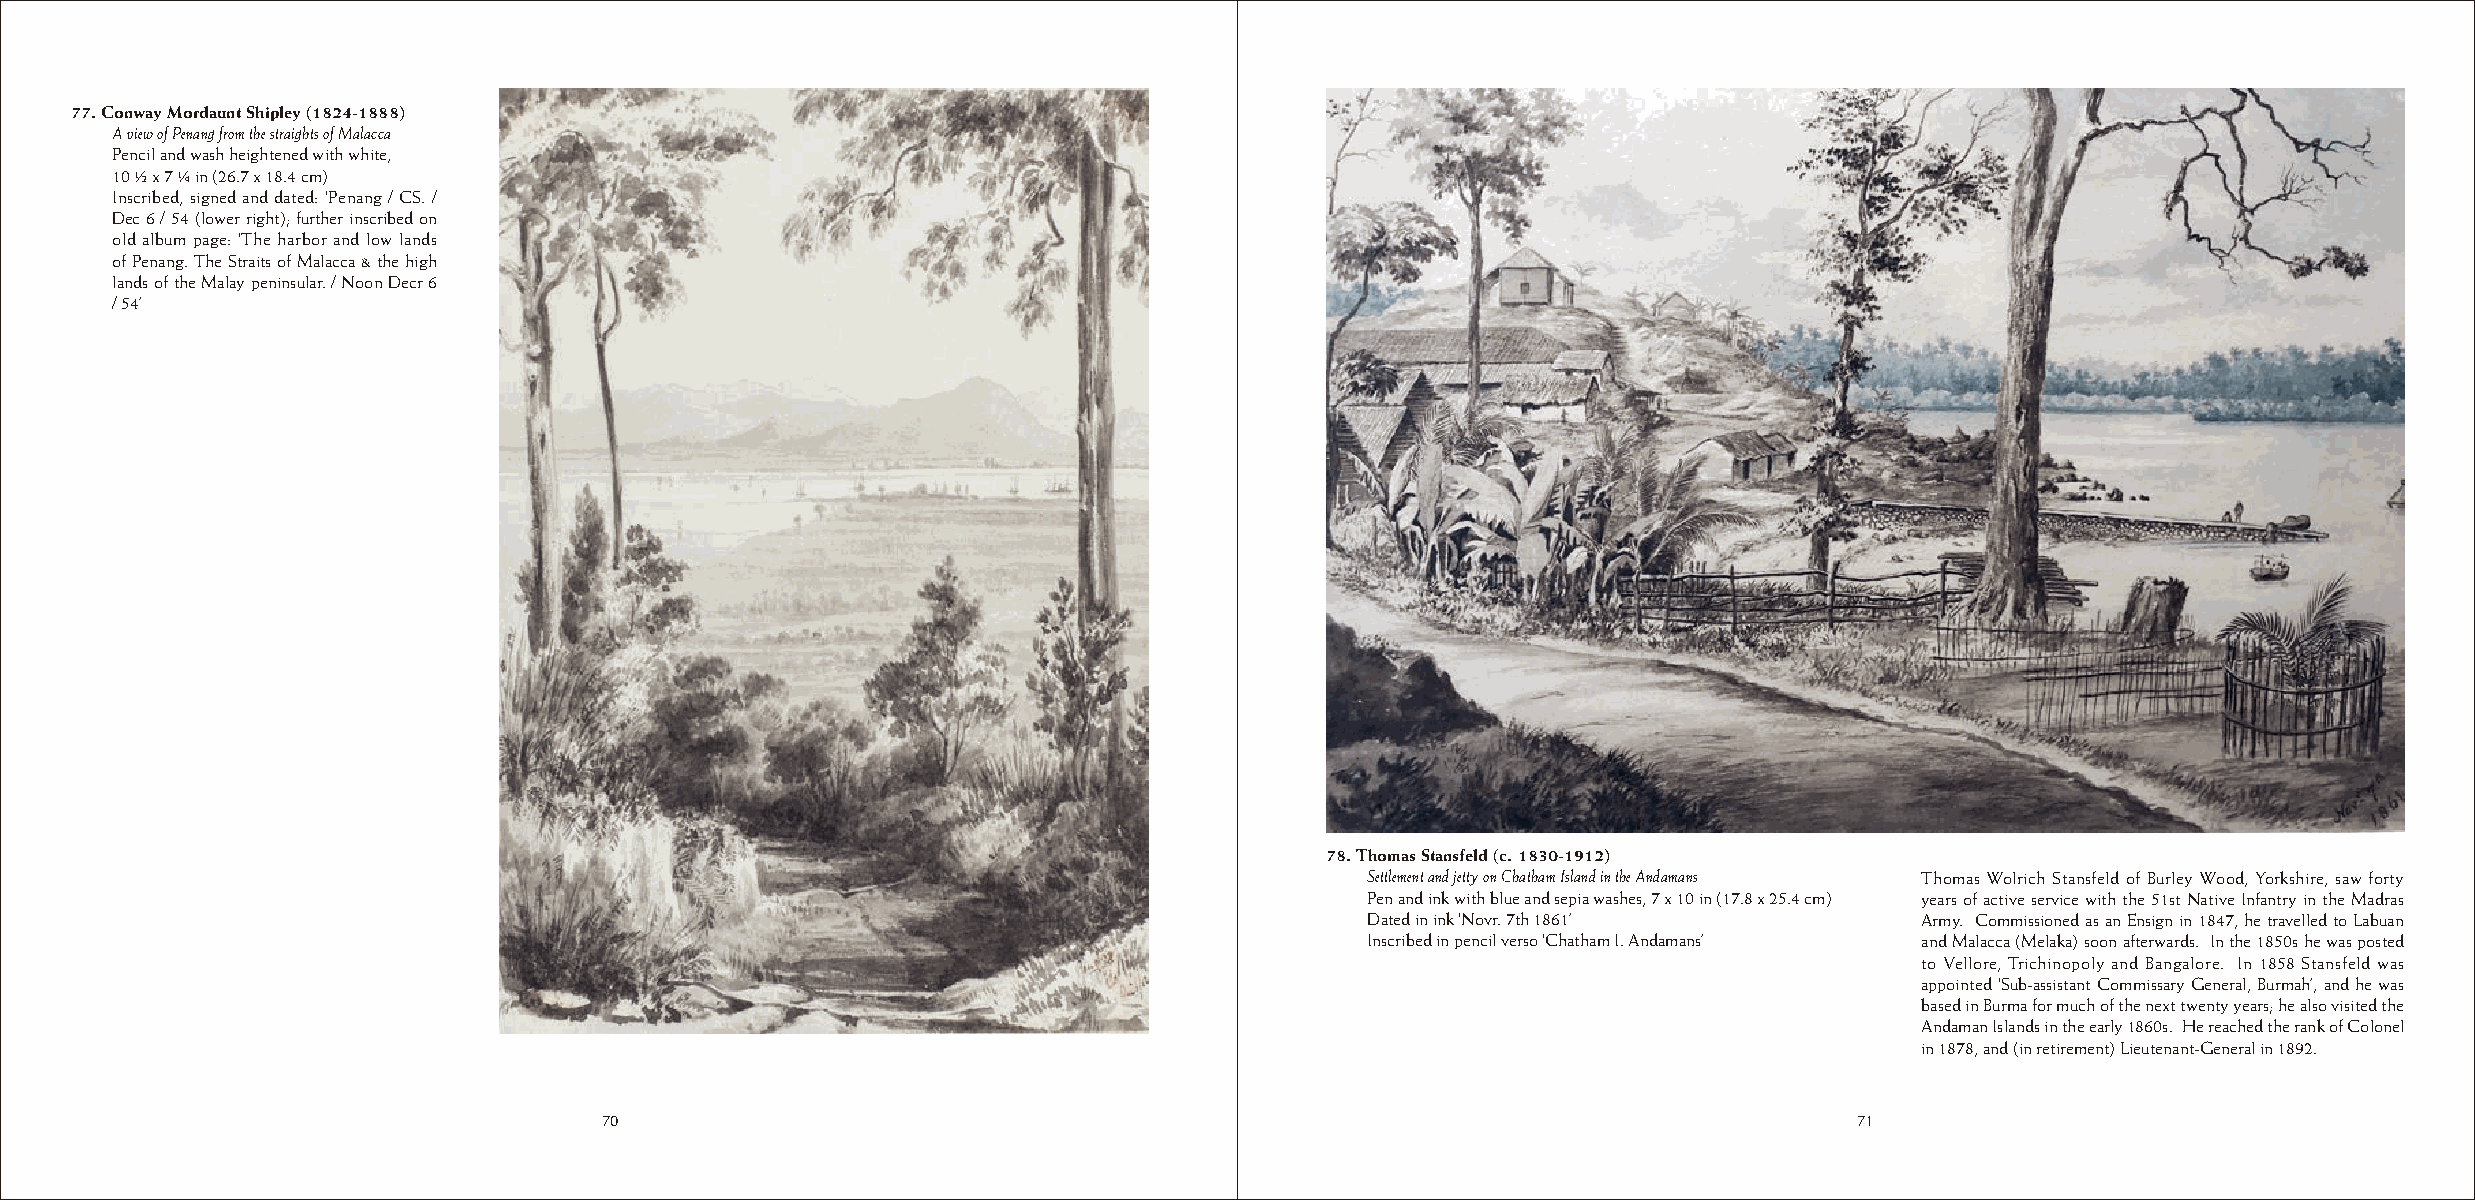
77. Conway Mordaunt Shipley (1824-1888)
 A view of Penang from the straights of Malacca
 Pencil and wash heightened with white,
 10 ½ x 7 ¼ in (26.7 x 18.4 cm)
 Inscribed, signed and dated: ‘Penang / CS. /
 Dec 6 / 54 (lower right); further inscribed on
 old album page: ‘The harbor and low lands
 of Penang. The Straits of Malacca & the high
 lands of the Malay peninsular. / Noon Decr 6
 / 54’
 78. Thomas Stansfeld (c. 1830-1912)
 Settlement and jetty on Chatham Island in the Andamans Thomas Wolrich Stansfeld of Burley Wood, Yorkshire, saw forty
 Pen and ink with blue and sepia washes, 7 x 10 in (17.8 x 25.4 cm) years of active service with the 51st Native Infantry in the Madras
 Dated in ink ‘Novr. 7th 1861’       Army. Commissioned as an Ensign in 1847, he travelled to Labuan
 Inscribed in pencil verso ‘Chatham I. Andamans’ and Malacca (Melaka) soon afterwards. In the 1850s he was posted
 to Vellore, Trichinopoly and Bangalore. In 1858 Stansfeld was
 appointed ‘Sub-assistant Commissary General, Burmah’, and he was
 based in Burma for much of the next twenty years; he also visited the
 Andaman Islands in the early 1860s. He reached the rank of Colonel
 in 1878, and (in retirement) Lieutenant-General in 1892.
 70                                                                                 71
 70                                                                                 71